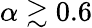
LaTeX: \alpha\gtrsim 0.6